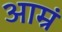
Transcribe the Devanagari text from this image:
आम्रं